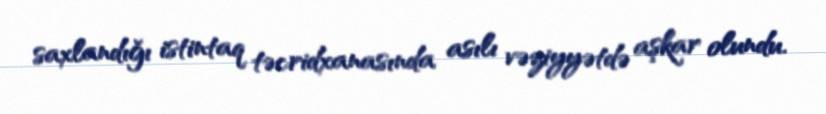
saxlandığı istintaq təcridxanasında asılı vəziyyətdə aşkar olundu.